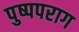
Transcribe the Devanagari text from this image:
पुष्पपराग